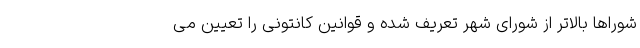
شوراها بالاتر از شورای شهر تعریف شده و قوانین کانتونی را تعیین می